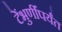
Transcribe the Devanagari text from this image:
टेंभुर्णींपर्यंत